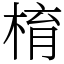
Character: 棛